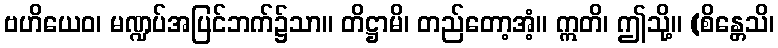
ဗဟိယေဝ၊ မဏ္ဍပ်အပြင်ဘက်၌သာ။ တိဋ္ဌာမိ၊ တည်တော့အံ့။ ဣတိ၊ ဤသို့။ (စိန္တေသိ၊